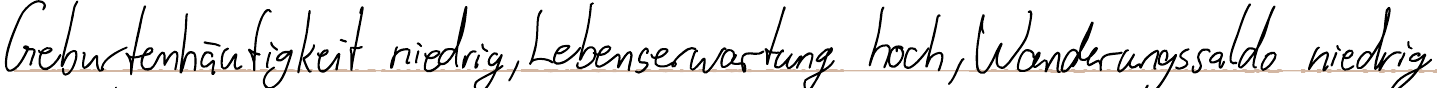
Geburtenhäufigkeit niedrig, Lebenserwartung hoch, Wanderungssaldo niedrig